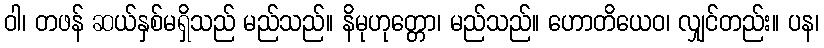
ဝါ၊ တဖန် ဆယ်နှစ်မရှိသည် မည်သည်။ နိမုဟုတ္တော၊ မည်သည်။ ဟောတိယေဝ၊ လျှင်တည်း။ ပန၊